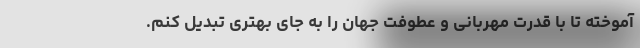
آموخته تا با قدرت مهربانی و عطوفت جهان را به جای بهتری تبدیل کنم.